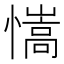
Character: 𢣆